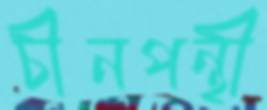
চীনপন্থী